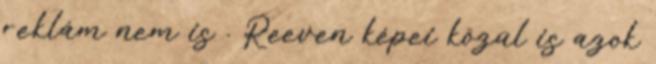
reklám nem is . Reeven képei közül is azok